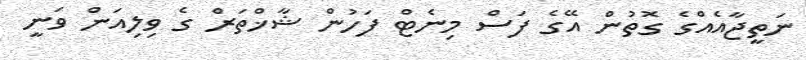
ނަތީޖާއެއްގެ ގޮތުން އޭގެ ފަސް މިނެޓް ފަހުން ޝާޚްތަރް ގެ ވިލިއަން ވަނީ